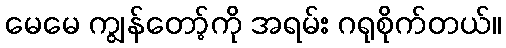
မေမေ ကျွန်တော့်ကို အရမ်း ဂရုစိုက်တယ်။